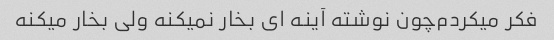
فکر میکردم‌چون نوشته آینه ای بخار نمیکنه ولی بخار میکنه